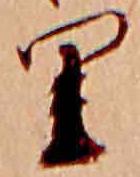
里